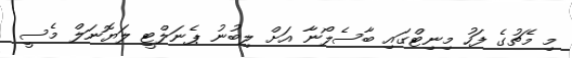
މި މެޗުގެ ފަހު މިނިޓްގައި ބާސެލޯނާ އަށް ލިބުނު ޕެނަލްޓީ ލަޔޮނަލް މެސީ